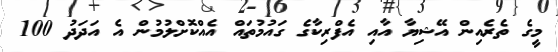
މީގެ ތެރެއިން އޭޝިޔާ އާއި އެފްރިކާގެ ގައުމުތައް އެއްކޮށްލުމުން އެ އަދަދު 100